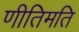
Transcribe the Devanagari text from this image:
णीतिमति